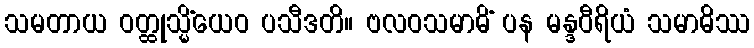
သမတာယ ဝတ္ထုသ္မိံယေဝ ပသီဒတိ။ ဗလဝသမာဓိံ ပန မန္ဒဝီရိယံ သမာဓိဿ